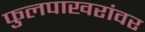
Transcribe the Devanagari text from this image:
फुलपाखरांवर